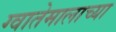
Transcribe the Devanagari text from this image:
ग्वातेमालाच्या